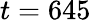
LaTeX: t=645